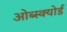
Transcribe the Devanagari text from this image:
ओब्स्क्योर्ड